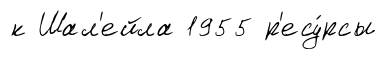
к Шал'ейла 1955 р'есу́рсы